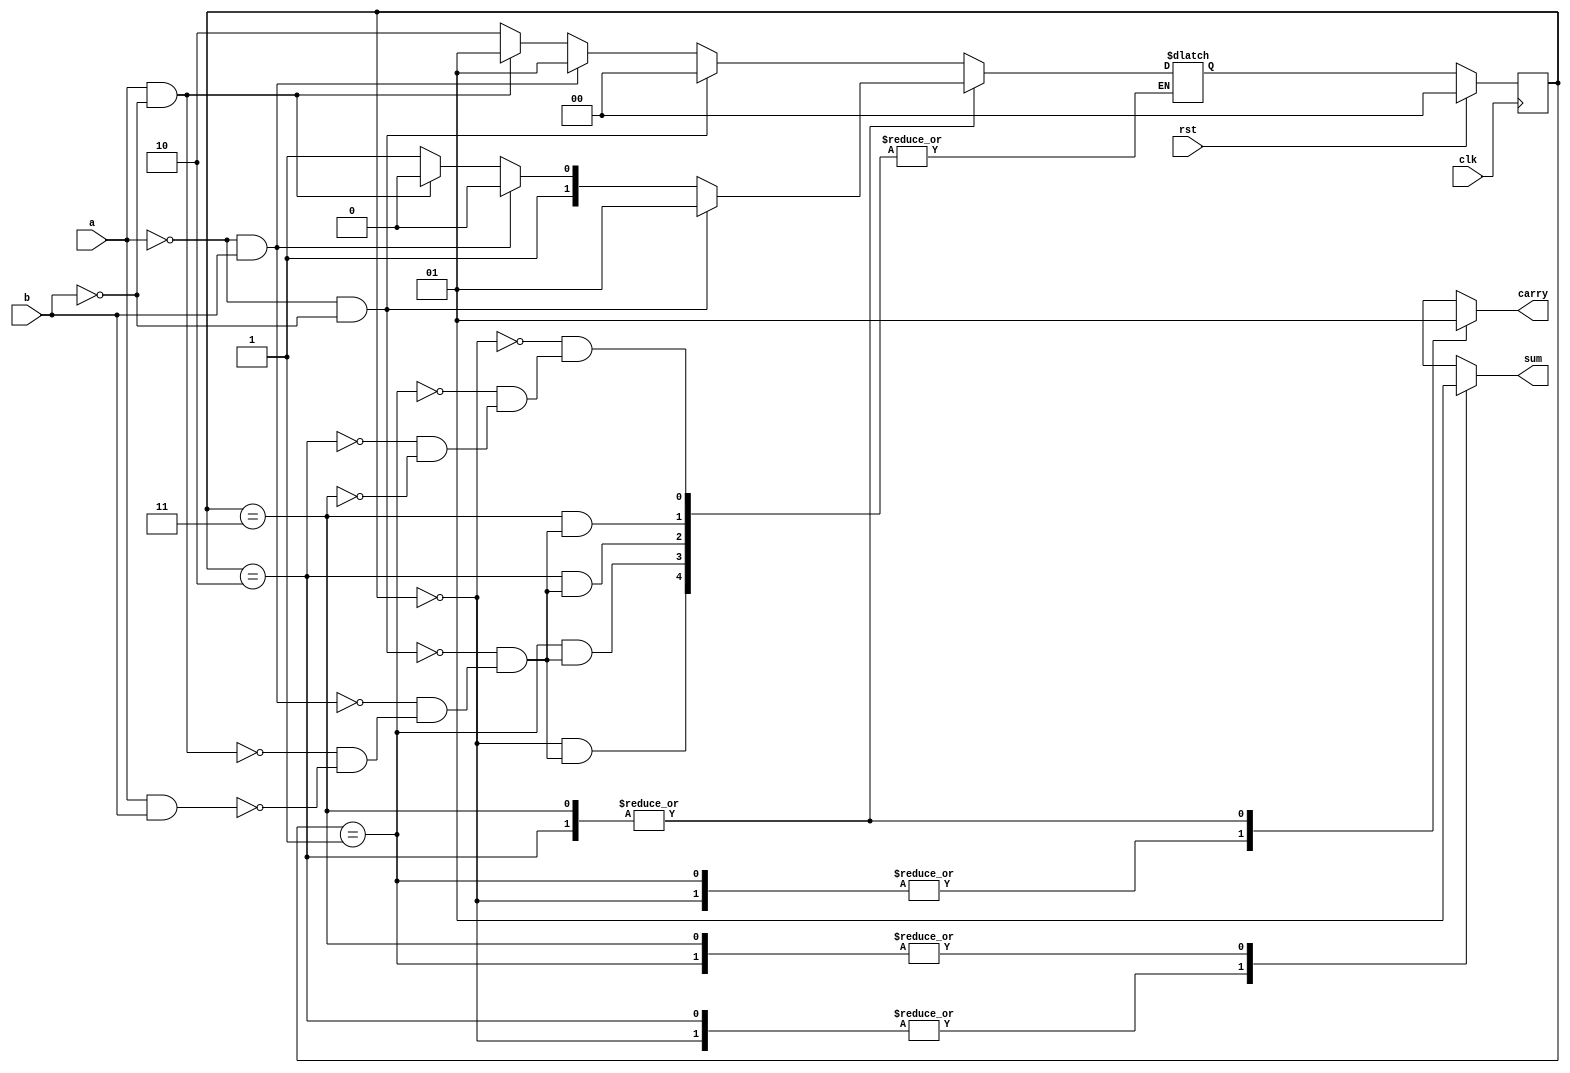

module FSM_adder_moore (a,b, clk, sum,carry , rst);
   input a,b,clk,rst;
   output reg sum,carry;
   reg [1:0] pr_state;
reg [1:0] nxt_state;
   parameter s0=2'b00, s1=2'b01 , s2=2'b10, s3=2'b11 ;
   always @(posedge clk)
     begin
        if(rst)
          pr_state <= s0;
        else
          pr_state <= nxt_state;
     end
   always @(pr_state ,a,b)
     begin
       case (pr_state)
         s0: begin
               if(!a && !b) begin
                   nxt_state<=s0;
                    end
               else if(!a && b) begin
                   nxt_state<=s1;
                   end
              else if(a && !b) begin
                   nxt_state <=s1;
                   end
              else if(a && b) begin
                   nxt_state  <=s2;
                    end

             end
         s1: begin
                if(!a && !b) begin
                   nxt_state <=s0;
                    end
               else if(!a && b) begin
                   nxt_state <=s1;
                    end
              else if(a && !b) begin
                   nxt_state <=s1;
                    end
              else if(a && b) begin
                   nxt_state <=s2;
                    end

             end
          s2: begin
                if(!a && !b) begin
                   nxt_state <=s1;
                    end
               else if(!a && b) begin
                   nxt_state <=s2;
                    end
              else if(a && !b) begin
                   nxt_state <=s2;
                    end
              else if(a && b) begin
                   nxt_state <=s3;
                    end

             end
          s3: begin
                if(!a && !b) begin
                   nxt_state <=s1;
                    end
               else if(!a && b) begin
                   nxt_state <=s2;
                    end
              else if(a && !b) begin
                   nxt_state <=s2;
                    end
              else if(a && b) begin
                   nxt_state <=s3;
                    end

             end


         default: begin nxt_state  <= s0;
                       end
       endcase
     end
   always @(pr_state)
      begin
         case(pr_state)
           s0:  begin carry=0; sum=0; end
           s1: begin carry =0 ; sum=1; end
           s2: begin carry=1; sum=0; end
           s3: begin carry=1; sum=1; end
           default :begin  carry=0; sum=0; end
         endcase
     end
endmodule